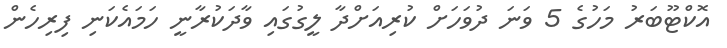
އޮކްޓޫބަރު މަހުގެ 5 ވަނަ ދުވަހަށް ކުރިއަށްދާ ލީގުގައި ވާދަކުރާނީ ހަމައެކަނި ފިރިހެން